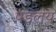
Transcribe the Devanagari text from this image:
पडलंय